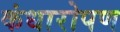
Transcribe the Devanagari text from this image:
कंधारोपण